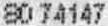
80 74147